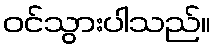
ဝင်သွားပါသည်။